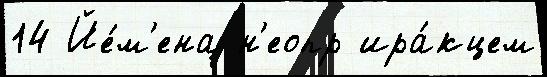
14 Йе́м'ена н'еопр ира́кцем